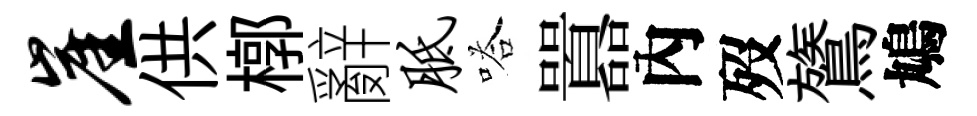
崖供槨辭胝嗒囂內歿鷟鳩